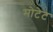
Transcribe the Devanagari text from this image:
मोटेट